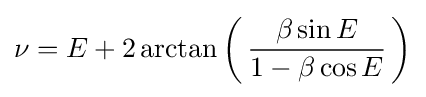
\nu =E+2\operatorname {arctan} \left(\,{\frac {\beta \sin {E}}{1-\beta \cos {E}}}\,\right)